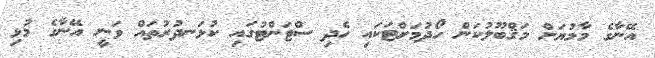
އޭނާގެ މާމުޔަށް މަޤްބޫލުކަން ހޯދުމަށްޓަކައި ހެދި ސްޓަންޓުގައި ކުޅަނދުރުތައް ވަނީ އޭނާގެ މުޅި